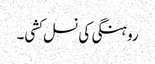
روہنگی کی نسل کشی۔